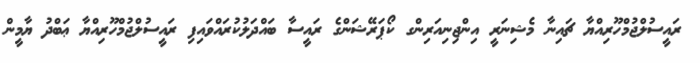
ރައީސުލްޖުމްހޫރިއްޔާ ޗައިނާ މެޝިނަރީ އިންޖިނިއަރިންގ ކޯޕަރޭޝަންގެ ރައީސާ ބައްދަލުކުރައްވައިފި ރައީސުލްޖުމްހޫރިއްޔާ ޢަބްދު ޔާމީން